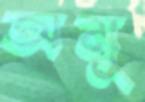
অমু